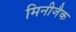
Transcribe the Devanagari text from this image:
मिनीजैक